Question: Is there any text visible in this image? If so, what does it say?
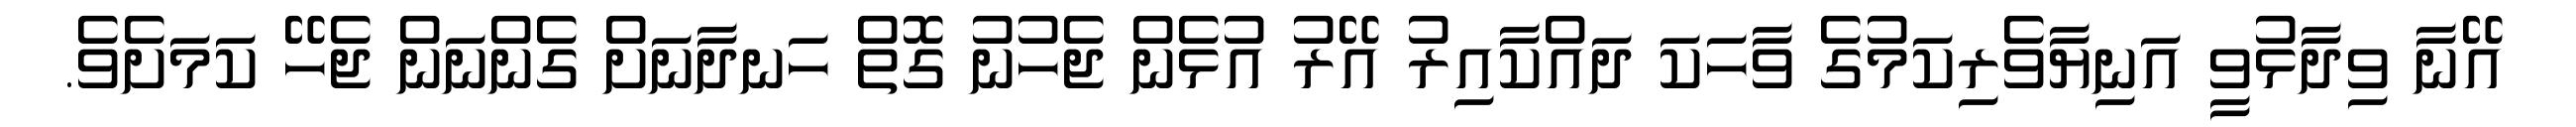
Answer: އޭނާ ވިދާޅުވީ އަނިޔާވެރިކަމުގެ ވާހަކަ ދައްކާއިރު އޭރު އުޅެން ޖެހުނު ގޮތް ހަނދާނަށް ގެންނަން ޖެހޭ ކަމަށެވެ.